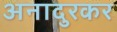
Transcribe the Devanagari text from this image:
अनादुरकर